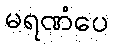
မရဏံပေ